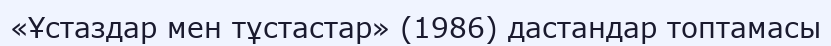
«Ұстаздар мен тұстастар» (1986) дастандар топтамасы